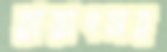
হায়াৎসহ